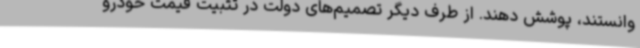
وانستند، پوشش دهند. از طرف دیگر تصمیم‌های دولت در تثبیت قیمت خودرو